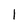
Character: l